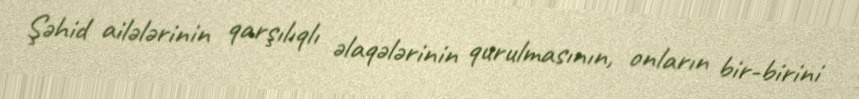
Şəhid ailələrinin qarşılıqlı əlaqələrinin qurulmasının, onların bir-birini